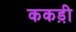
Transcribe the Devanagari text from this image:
ककड़ी़